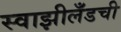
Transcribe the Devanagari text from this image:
स्वाझीलँडची